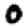
Digit: 0